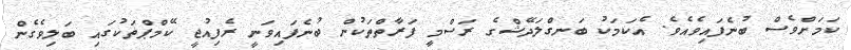
ކަމަށްވެސް ބުނެފައިވެއެވެ. އެކަމަކު ބަނގްލަދޭޝްގެ ރަސްމީ ފަރާތްތަކުން ބުނެފައިވަނީ ރެފިއުޖީ ކޭމްޕްތަކުގައި ބަލިވެގެން